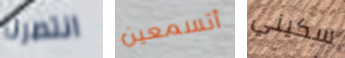
انتصرنا أتسمعين سكيني